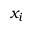
x _ { i }